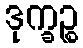
ဒုက္ခဉ္စ